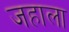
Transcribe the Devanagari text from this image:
जहाला